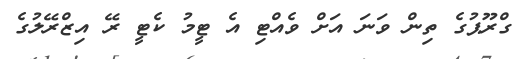
ގްރޫޕުގެ ތިން ވަނަ އަށް ވެއްޓި އެ ޓީމު ކެޓީ ރޭ އިޒްރޭލުގެ